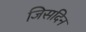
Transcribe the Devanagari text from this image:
जिसदिन